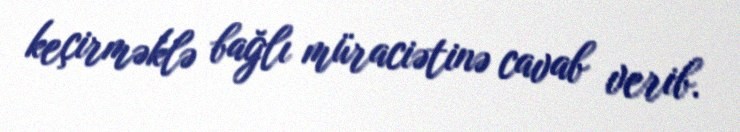
keçirməklə bağlı müraciətinə cavab verib.